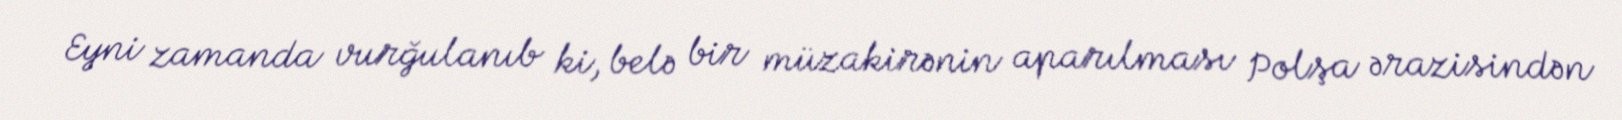
Eyni zamanda vurğulanıb ki, belə bir müzakirənin aparılması Polşa ərazisindən